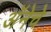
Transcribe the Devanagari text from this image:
अॅनेचे